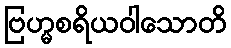
ဗြဟ္မစရိယဝါသောတိ